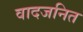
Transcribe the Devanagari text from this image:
वादजनित